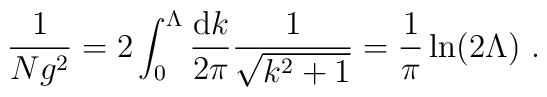
\frac{1}{Ng^2} = 2 \int_0^{\Lambda} \frac{{\rm d}k}{2\pi} \frac{1}{\sqrt{k^2+1}} = \frac{1}{\pi}\ln (2 \Lambda) \ .